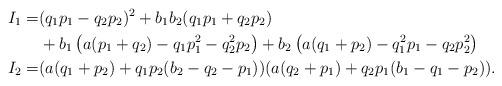
LaTeX: \begin{align*}I_1=& (q_1 p_1 -q_2 p_2)^2+b_1 b_2 (q_1 p_1+q_2 p_2) \\& + b_1 \left( a (p_1 + q_2)-q_1 p_1^2-q_2^2p_2\right) +b_2\left(a (q_1 + p_2)-q_1^2 p_1-q_2 p_2^2\right) \\I_2=& (a (q_1 + p_2) + q_1 p_2 (b_2 - q_2 - p_1)) ( a (q_2 + p_1)+ q_2 p_1 (b_1 - q_1 - p_2) ). \end{align*}